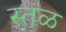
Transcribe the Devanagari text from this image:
स्तळ